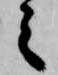
之